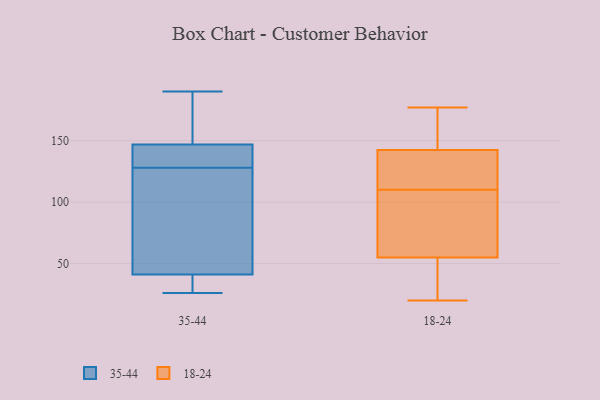
{"axis": {"x": "Customer Acquisition Cost (USD)", "y": "Value"}, "legend": ["18-24", "35-44"], "data": [{"x": "", "y": 121, "type": "35-44"}, {"x": "", "y": 147, "type": "35-44"}, {"x": "", "y": 190, "type": "35-44"}, {"x": "", "y": 161, "type": "35-44"}, {"x": "", "y": 41, "type": "35-44"}, {"x": "", "y": 63, "type": "35-44"}, {"x": "", "y": 135, "type": "35-44"}, {"x": "", "y": 137, "type": "35-44"}, {"x": "", "y": 39, "type": "35-44"}, {"x": "", "y": 26, "type": "35-44"}, {"x": "", "y": 114, "type": "18-24"}, {"x": "", "y": 125, "type": "18-24"}, {"x": "", "y": 52, "type": "18-24"}, {"x": "", "y": 136, "type": "18-24"}, {"x": "", "y": 31, "type": "18-24"}, {"x": "", "y": 164, "type": "18-24"}, {"x": "", "y": 56, "type": "18-24"}, {"x": "", "y": 110, "type": "18-24"}, {"x": "", "y": 76, "type": "18-24"}, {"x": "", "y": 141, "type": "18-24"}, {"x": "", "y": 174, "type": "18-24"}, {"x": "", "y": 34, "type": "18-24"}, {"x": "", "y": 177, "type": "18-24"}, {"x": "", "y": 76, "type": "18-24"}, {"x": "", "y": 147, "type": "18-24"}, {"x": "", "y": 80, "type": "18-24"}, {"x": "", "y": 20, "type": "18-24"}]}